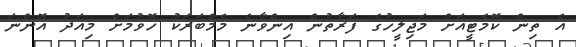
އެ ތިން ކޮމެޓީއަށް މަޖިލީހުގެ ފަރާތުން އިންވާނެ މެމްބަރަކު ހޮވުމަށް މިއަދު އޮންނަ